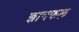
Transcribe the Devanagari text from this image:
ज्ञानफल